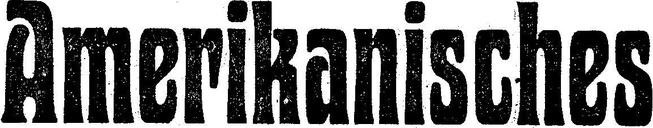
Amerikanisches